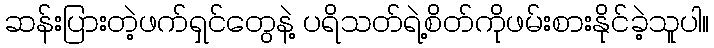
ဆန်းပြားတဲ့ဖက်ရှင်တွေနဲ့ ပရိသတ်ရဲ့စိတ်ကိုဖမ်းစားနိုင်ခဲ့သူပါ။